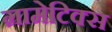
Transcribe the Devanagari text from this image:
ग्रामेटिक्स